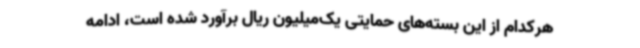
هرکدام از این بسته‌های حمایتی یک‌میلیون ریال برآورد شده است، ادامه